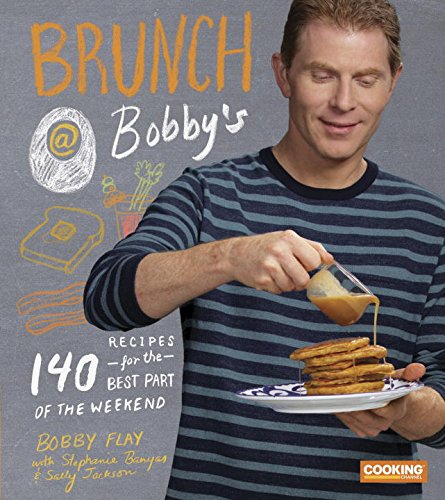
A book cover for Brunch at Bobby's: 140 Recipes for the Best Part of the Weekend; Bobby Flay; Cookbooks, Food & Wine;